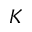
K